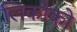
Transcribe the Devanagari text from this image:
लिकोको